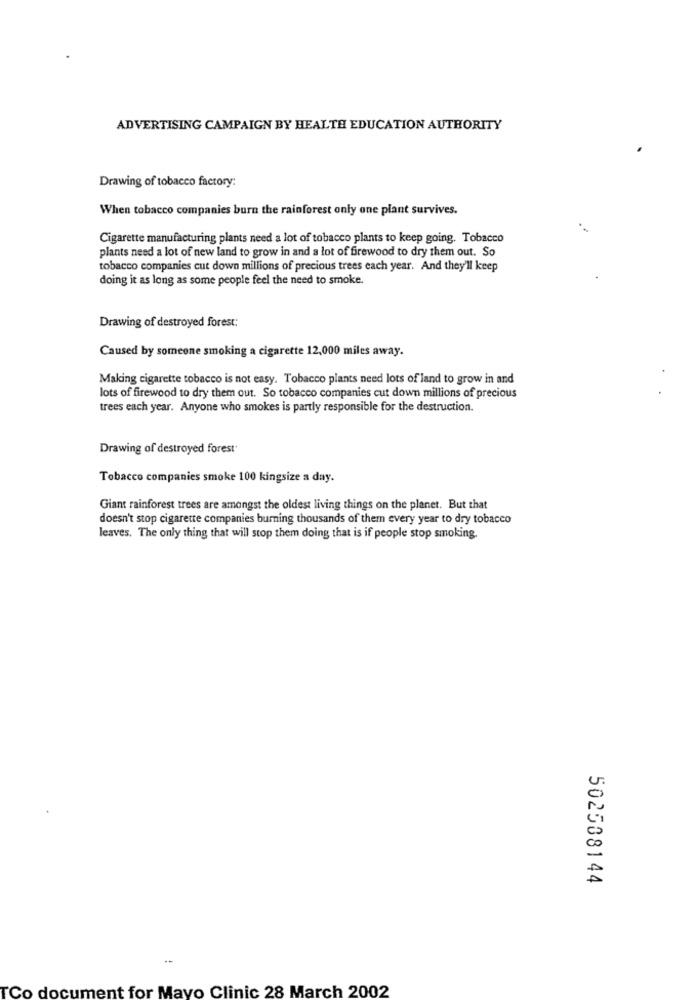
ADVERTISING CAMPAIGN BY HEALTH EDUCATION AUTHORITY
Drawing of tobacco factory:
When tobacco companies burn the rainforest only one plant survives.
Cigarette manufacturing plants need a lot of tobacco plants to keep going. Tobacco
plants need a lot of new land to grow in and a lot of firewood to dry them out. So
tobacco companies cut down millions of precious trees each year. And they'll keep
doing it as long as some people feel the need to smoke.
Drawing of destroyed forest:
Caused by someone smoking a cigarette 12,000 miles away.
Making cigarette tobacco is not easy. Tobacco plants need lots of land to grow in and
lots of firewood to dry them out. So tobacco companies cut down millions of precious
trees each year. Anyone who smokes is partly responsible for the destruction.
Drawing of destroyed forest
Tobacco companies smoke 100 kingsize a day.
Giant rainforest trees are amongst the oldest living things on the planet. But that
doesn't stop cigarette companies burning thousands of them every year to dry tobacco
leaves. The only thing that will stop them doing that is if people stop smoking.
502508144
TCo document for Mayo Clinic 28 March 2002